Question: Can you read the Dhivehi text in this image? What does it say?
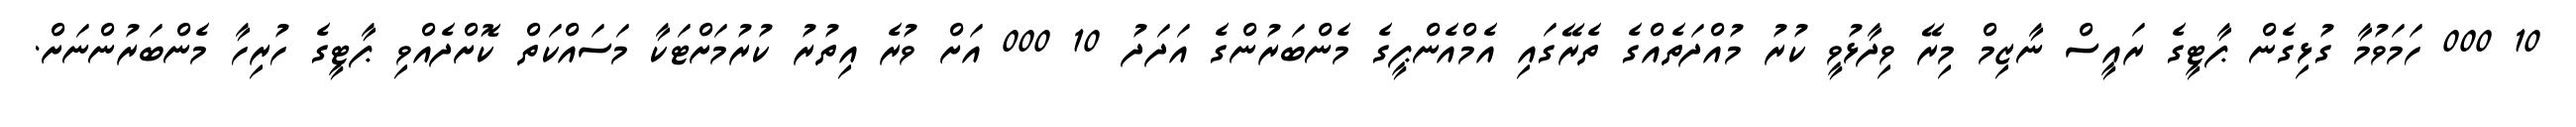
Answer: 10 000 ހަމަވުމާ ގުޅިގެން ޕާޓީގެ ރައީސް ނާޒިމް މިރޭ ވިދާޅުވީ ކުރު މުއްދަތެއްގެ ތެރޭގައި އެމްއެންޕީގެ މެންބަރުންގެ އަދަދު 10 000 އަށް ވުރެ އިތުރު ކުރުމަށްޓަކާ މަސައްކަތް ކޮށްދެއްވި ޕާޓީގެ ހުރިހާ މެންބަރުންނަށް.